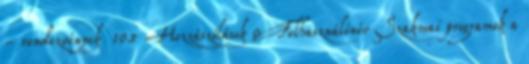
- rendezvények 105 Hozzászólások 0 Felhasználónév Szakmai programok a